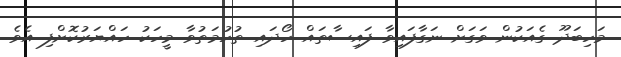
މަހިބަދޫ ގެއަކުން ވަގަށް ނަގާފައިވާ ފައިސާތައް ހޯދައި ތުހުމަތުވާ މީހަކު ހައްޔަރުކޮށްފި އެވެ.